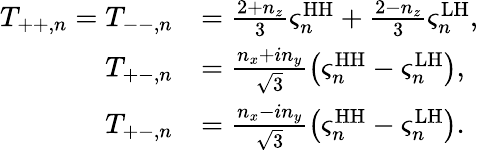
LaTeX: \begin{array}{rl}{T_{++,n}=T_{--,n}}&{=\frac{2+n_{z}}{3}\varsigma_{n}^{\mathrm{HH}}+\frac{2-n_{z}}{3}\varsigma_{n}^{\mathrm{LH}},}\\ {T_{+-,n}}&{=\frac{n_{x}+in_{y}}{\sqrt{3}}\left(\varsigma_{n}^{\mathrm{HH}}-\varsigma_{n}^{\mathrm{LH}}\right),}\\ {T_{+-,n}}&{=\frac{n_{x}-in_{y}}{\sqrt{3}}\left(\varsigma_{n}^{\mathrm{HH}}-\varsigma_{n}^{\mathrm{LH}}\right).}\end{array}